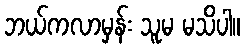
ဘယ်ကလာမှန်း သူမ မသိပါ။